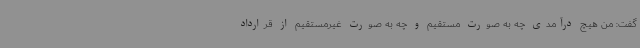
گفت: من هیچ درآمدی چه به صورت مستقیم و چه به صورت غیرمستقیم از قرارداد